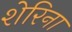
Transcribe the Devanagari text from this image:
शेरिना